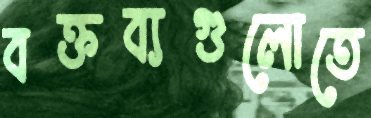
বক্তব্যগুলোতে